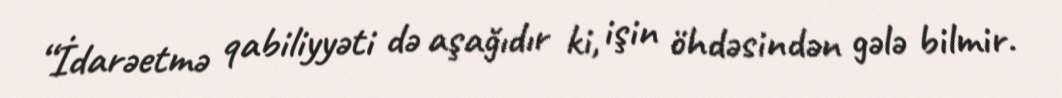
“İdarəetmə qabiliyyəti də aşağıdır ki, işin öhdəsindən gələ bilmir.